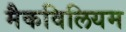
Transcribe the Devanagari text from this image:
मैकविलियम